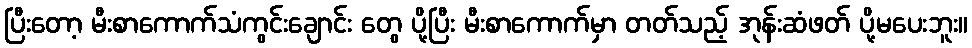
ပြီးတော့ မီးစာကောက်သံကွင်းချောင်း တွေ ပို့ပြီး မီးစာကောက်မှာ တတ်သည့် အုန်းဆံဖတ် ပို့မပေးဘူး။